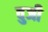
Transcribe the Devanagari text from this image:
वुजी